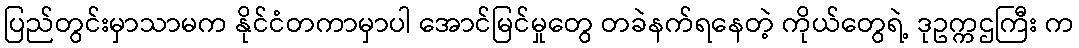
ပြည်တွင်းမှာသာမက နိုင်ငံတကာမှာပါ အောင်မြင်မှုတွေ တခဲနက်ရနေတဲ့ ကိုယ်တွေရဲ့ ဒုဥက္ကဌကြီး က